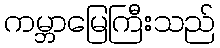
ကမ္ဘာမြေကြီးသည်